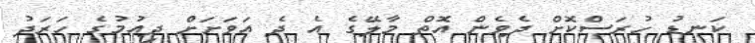
ކަނޑު ހުރަސްކޮށް ދެވެން އޮތް މާލޭގެ އެ ދެ އަވަށަށް ދިއުމުގެ ހަރަދު